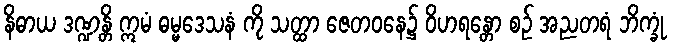
နိဓာယ ဒဏ္ဍန္တိ ဣမံ ဓမ္မဒေသနံ ကို သတ္ထာ ဇေတဝနေ၌ ဝိဟရန္တော စဉ် အညတရံ ဘိက္ခုံ